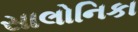
સાલોનિકા